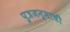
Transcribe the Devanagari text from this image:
पुत्रजन्माची